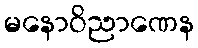
မနောဝိညာဏေန